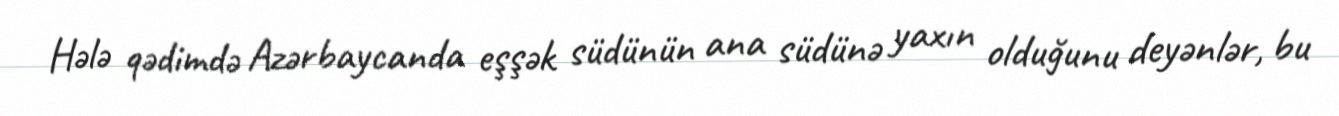
Hələ qədimdə Azərbaycanda eşşək südünün ana südünə yaxın olduğunu deyənlər, bu